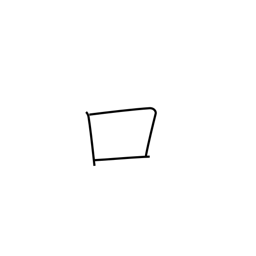
Meaning: mouth